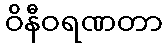
ဝိနီဝရဏတာ